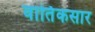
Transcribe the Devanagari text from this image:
वार्तिकसार